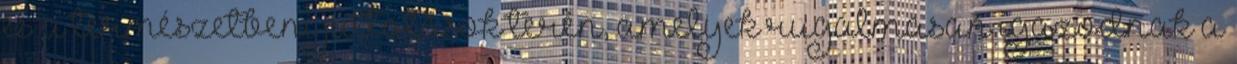
és a természetbeni juttatások terén, amelyek rugalmasan igazodnak a